65_HS1-834228961_62-HQ-83894_Section_8
Agency: FBI
Page 89
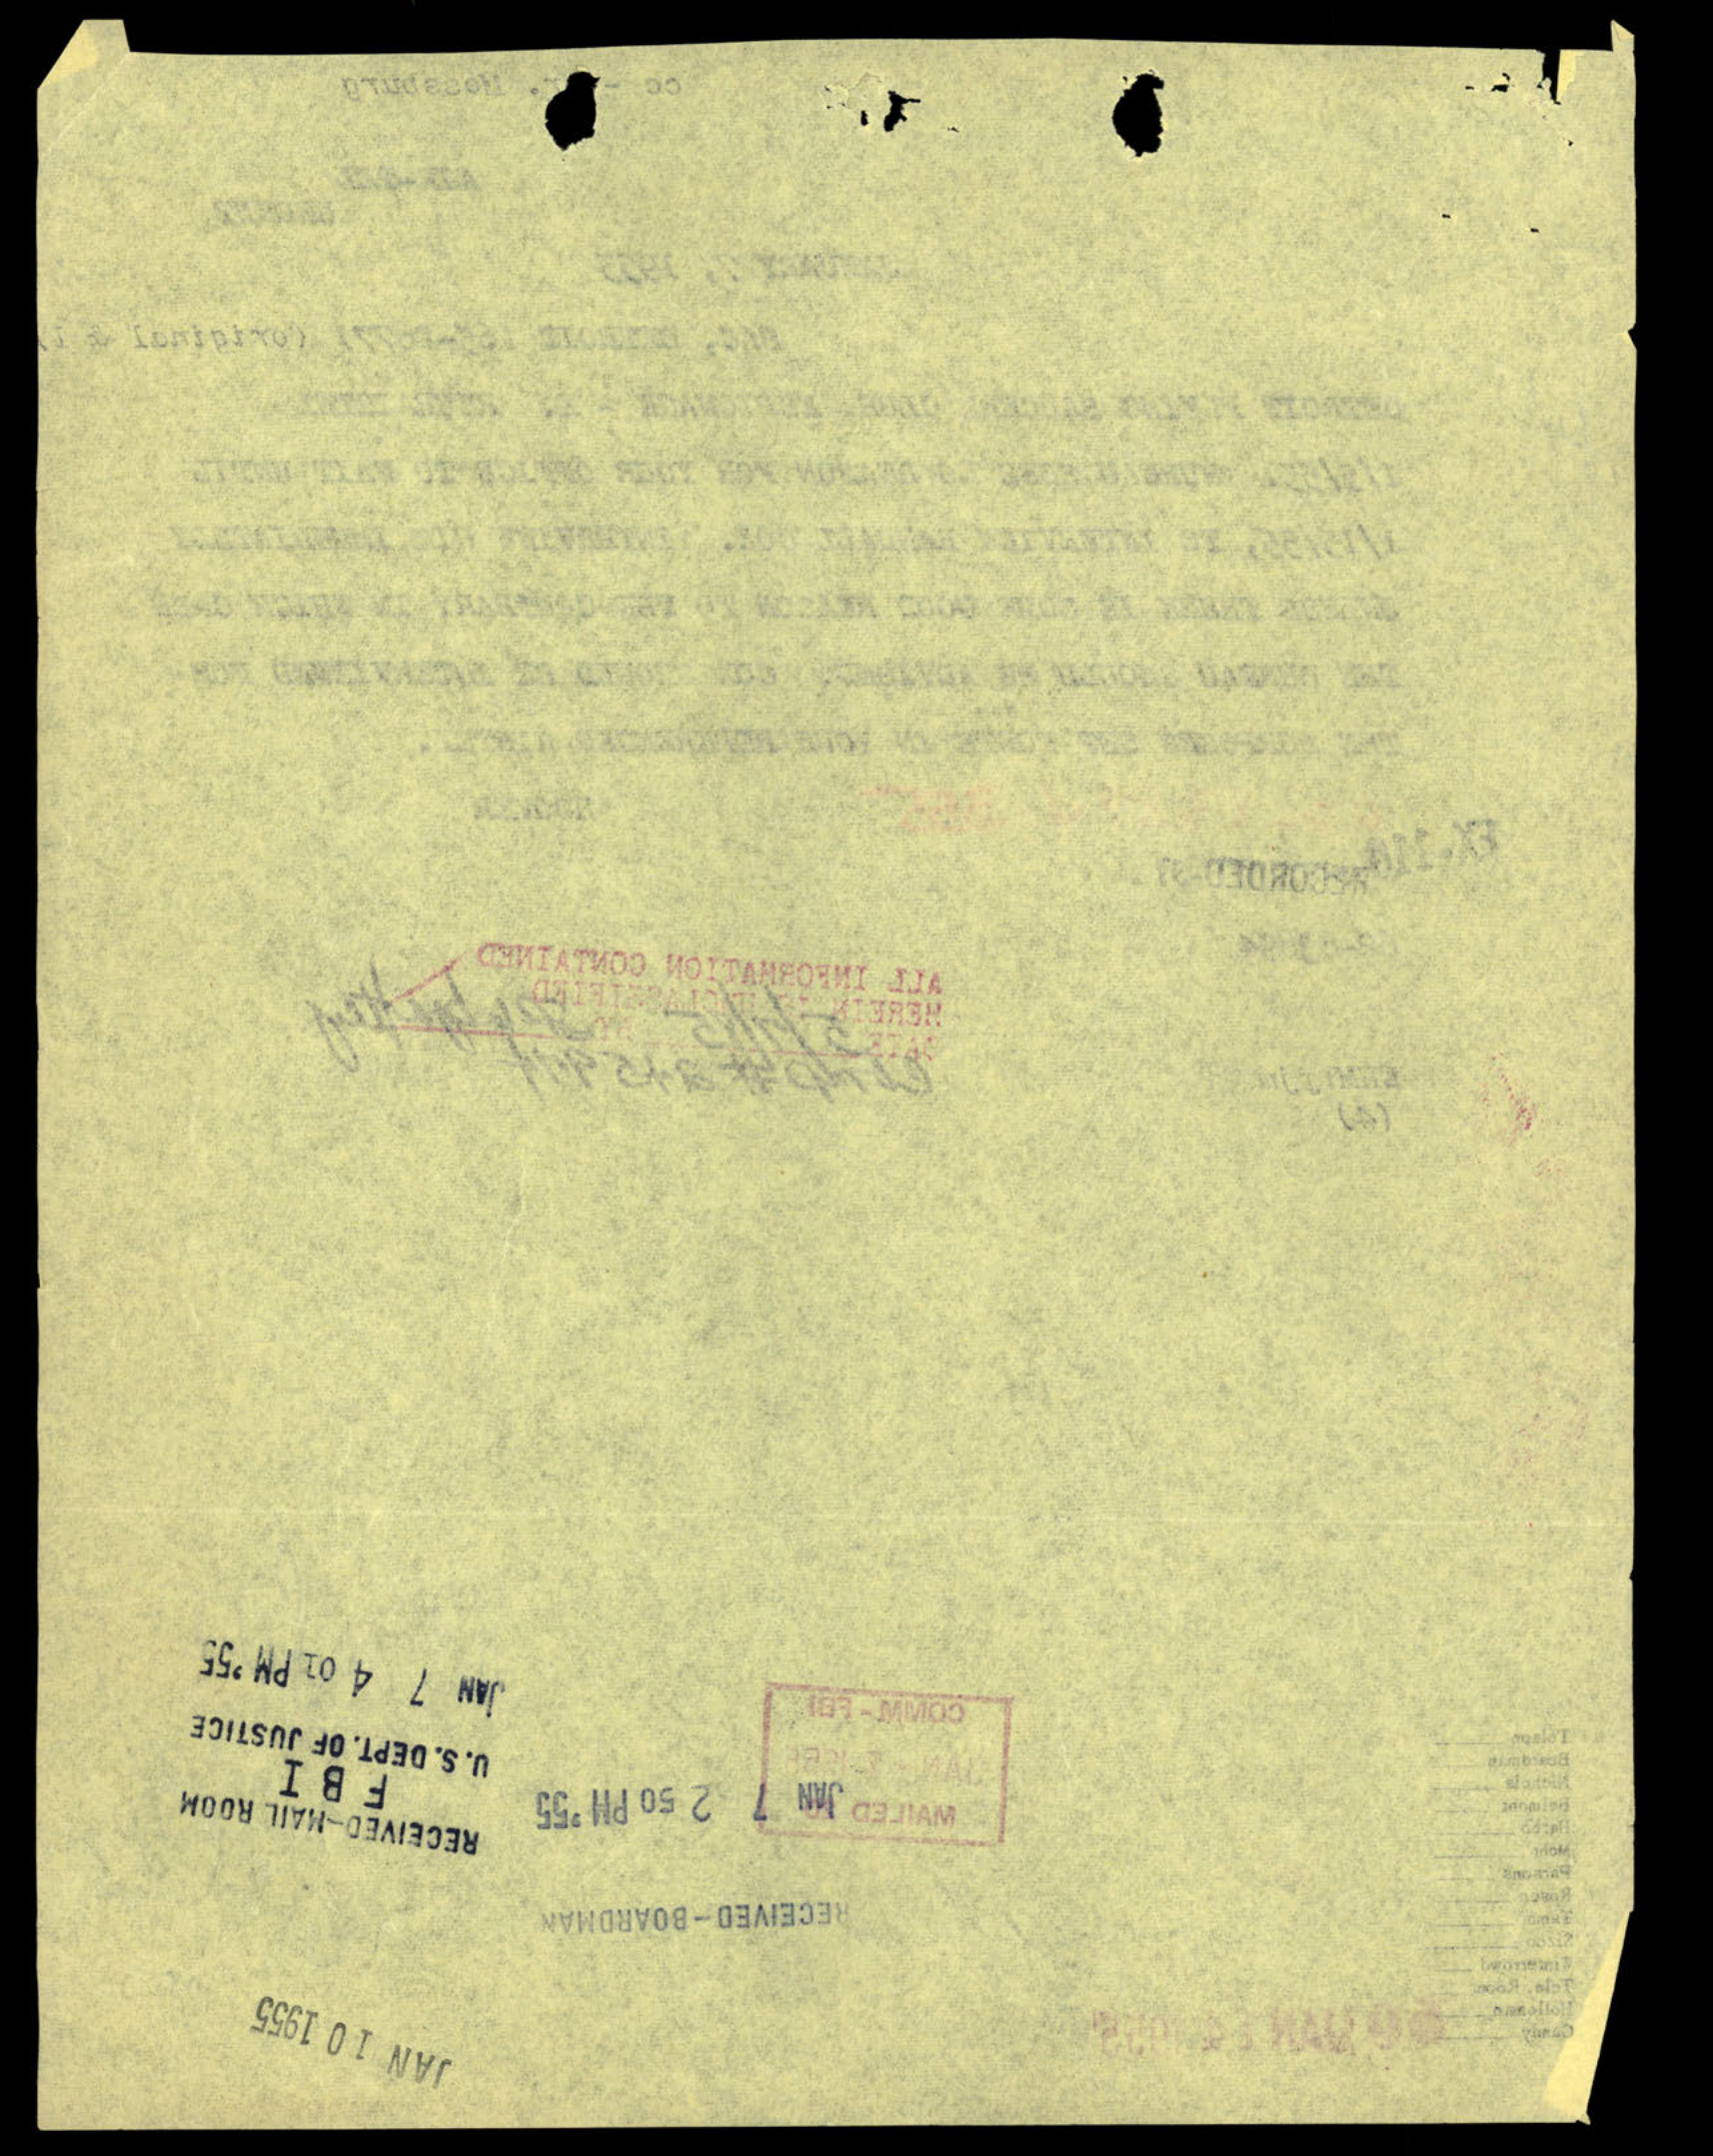